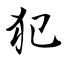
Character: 犯